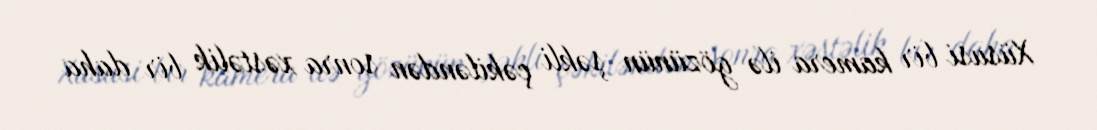
Xüsusi bir kamera ilə gözünün şəkli çəkiləndən sonra xəstəlik bir daha